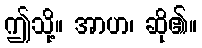
ဤသို့။ အာဟ၊ ဆို၏။